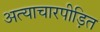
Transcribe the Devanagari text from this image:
अत्याचारपीड़ित